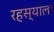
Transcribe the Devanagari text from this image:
रहस्याला